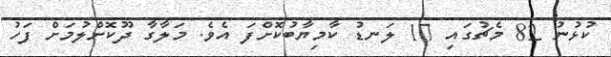
ކުޅުނު 82 މެޗުގައި 17 ލަނޑު ކާމިޔާބުކޮށްފަ އެވެ. މަލާގާ ދޫކޮށްލުމަށް ފަހު